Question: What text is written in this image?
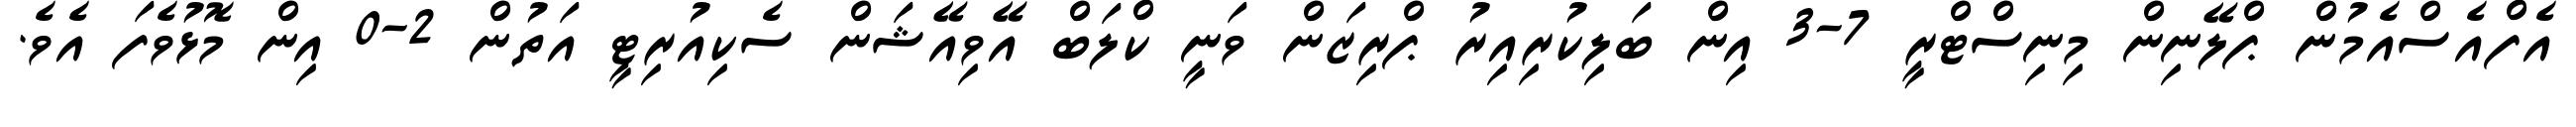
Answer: އެފްއެސްއެމުން ޕްލޭނިން މިނިސްޓްރީ 7-3 އިން ބަލިކުރިއިރު ޕްރިޒަން ވަނީ ކްލަބް އޭވިއޭޝަން ސެކިއުރިޓީ އަތުން 2-0 އިން މޮޅުވެފަ އެވެ.